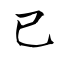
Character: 已